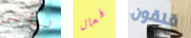
لنأتي فعال قلقون